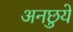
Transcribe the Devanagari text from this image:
अनछुये